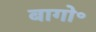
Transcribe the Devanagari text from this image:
बागो॰